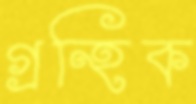
গ্রন্হিক